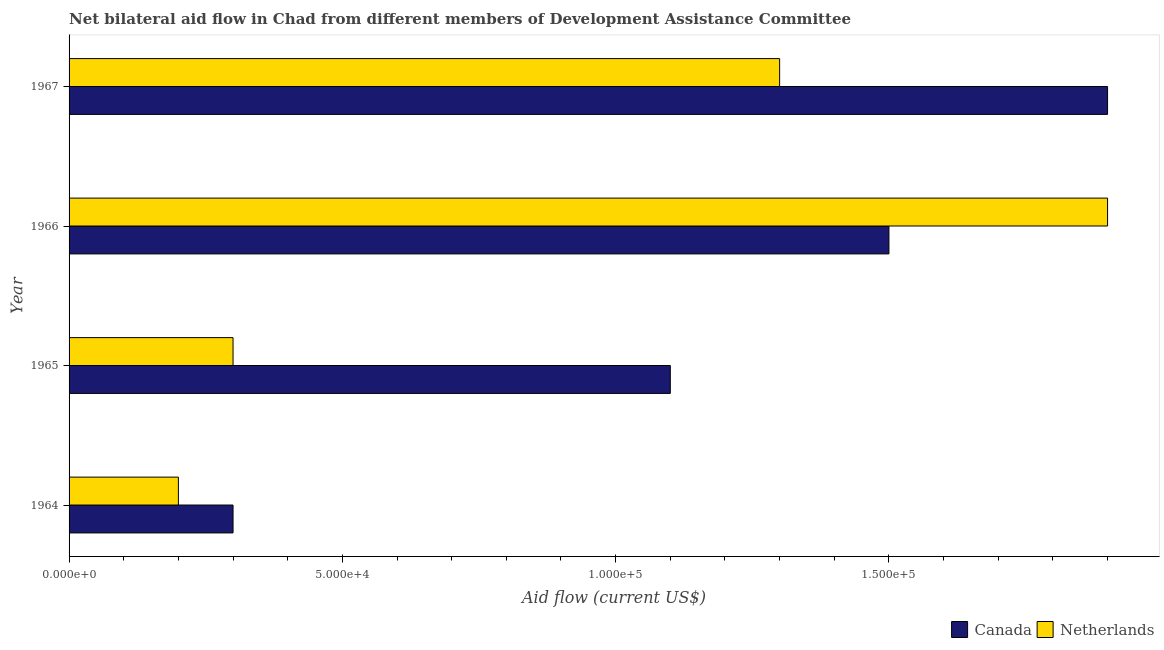
| Year | Canada | Netherlands |
 | --- | --- | --- |
 | 1964 | 3e+04 | 2e+04 |
 | 1965 | 1.1e+05 | 3e+04 |
 | 1966 | 1.5e+05 | 1.9e+05 |
 | 1967 | 1.9e+05 | 1.3e+05 |